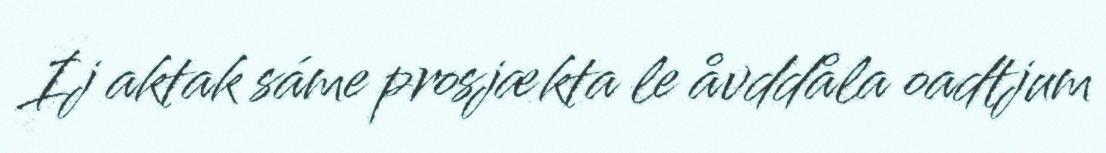
Ij aktak sáme prosjækta le åvddåla oadtjum